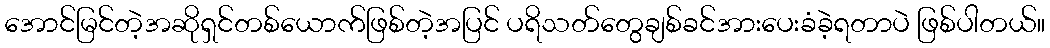
အောင်မြင်တဲ့အဆိုရှင်တစ်ယောက်ဖြစ်တဲ့အပြင် ပရိသတ်တွေချစ်ခင်အားပေးခံခဲ့ရတာပဲ ဖြစ်ပါတယ်။